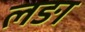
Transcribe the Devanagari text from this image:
लङा